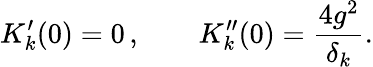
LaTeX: K_{k}^{\prime}(0)=0\, ,\qquad K_{k}^{\prime\prime}(0)=\frac{4g^{2}}{\delta_{k}}.